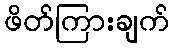
ဖိတ်ကြားချက်